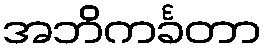
အဘိကင်္ခတာ